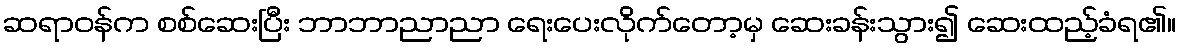
ဆရာဝန်က စစ်ဆေးပြီး ဘာဘာညာညာ ရေးပေးလိုက်တော့မှ ဆေးခန်းသွား၍ ဆေးထည့်ခံရ၏။